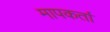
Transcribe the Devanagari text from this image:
मापकर्ता